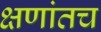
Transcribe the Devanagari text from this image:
क्षणांतच